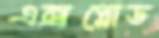
এক্সপ্লোড